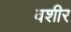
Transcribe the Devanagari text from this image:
वशीर